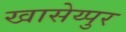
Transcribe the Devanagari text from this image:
खासेय्पुर